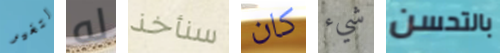
لتغير له سنأخذ كان شيء بالتحسن